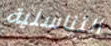
التناسلية